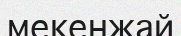
мекенжай